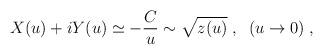
LaTeX: \begin{align*}X(u) + i Y(u) \simeq - \frac{C}{u} \sim \sqrt{z(u)} \; ,\;\; (u\rightarrow 0) \; ,\end{align*}